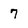
Character: 7